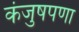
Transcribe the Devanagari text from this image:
कंजुषपणा